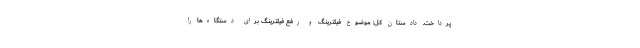
پرداخت. دادستان کل: موضوع فیلترینگ و رفع فیلترینگ برای دستگاه‌ها را